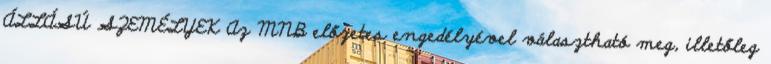
ÁLLÁSÚ SZEMÉLYEK Az MNB előzetes engedélyével választható meg, illetőleg